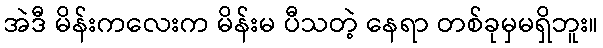
အဲဒီ မိန်းကလေးက မိန်းမ ပီသတဲ့ နေရာ တစ်ခုမှမရှိဘူး။